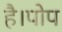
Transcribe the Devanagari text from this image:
है।पोप